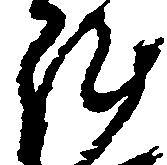
陣